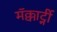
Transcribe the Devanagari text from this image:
मॅक्कार्ट्नी